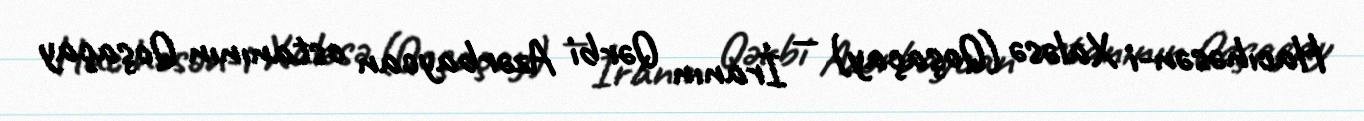
Hacıhəsən-i Xaləsə (Qoşaçay) — İranın Qərbi Azərbaycan ostanının Qoşaçay